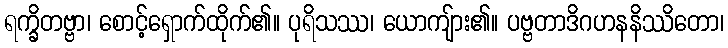
ရက္ခိတဗ္ဗာ၊ စောင့်ရှောက်ထိုက်၏။ ပုရိသဿ၊ ယောကျ်ား၏။ ပဗ္ဗတာဒိဂဟနနိဿိတော၊